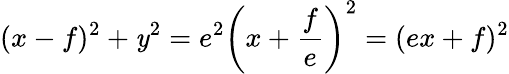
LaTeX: (x-f)^{2}+\mathit{y}^{2}=e^{2}\left(x+{\frac{{f}}{{e}}}\right)^{2}=(ex+f)^{2}